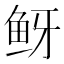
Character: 𬶅